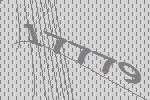
17779